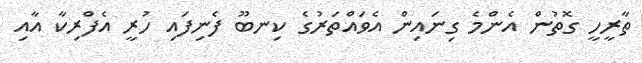
ތާރީހީ ގޮތުން އެންމެ ގިނައިން އެވައްތަރުގެ ކިނބޫ ފެނިފައި ހުރީ އެފްރިކާ އާއި